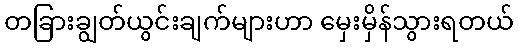
တခြားချွတ်ယွင်းချက်များဟာ မှေးမှိန်သွားရတယ်